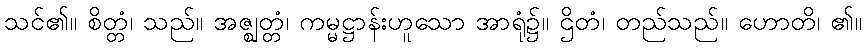
သင်၏။ စိတ္တံ၊ သည်။ အဇ္ဈတ္တံ၊ ကမ္မဋ္ဌာန်းဟူသော အာရုံ၌။ ဌိတံ၊ တည်သည်။ ဟောတိ၊ ၏။